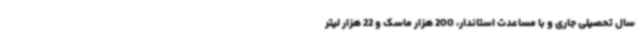
سال تحصیلی جاری و با مساعدت استاندار، 200 هزار ماسک و 22 هزار لیتر